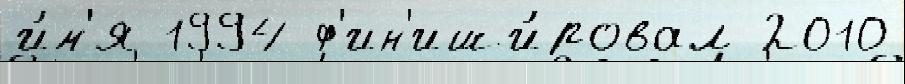
и́м'я 1994 ф'ин'иши́ровал 2010